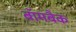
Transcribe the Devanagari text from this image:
बॉमबैक